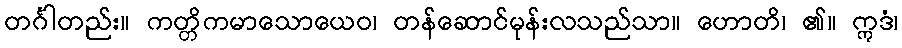
တင်္ဂါတည်း။ ကတ္တိကမာသောယေဝ၊ တန်ဆောင်မုန်းလသည်သာ။ ဟောတိ၊ ၏။ ဣဒံ၊